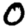
Digit: 0